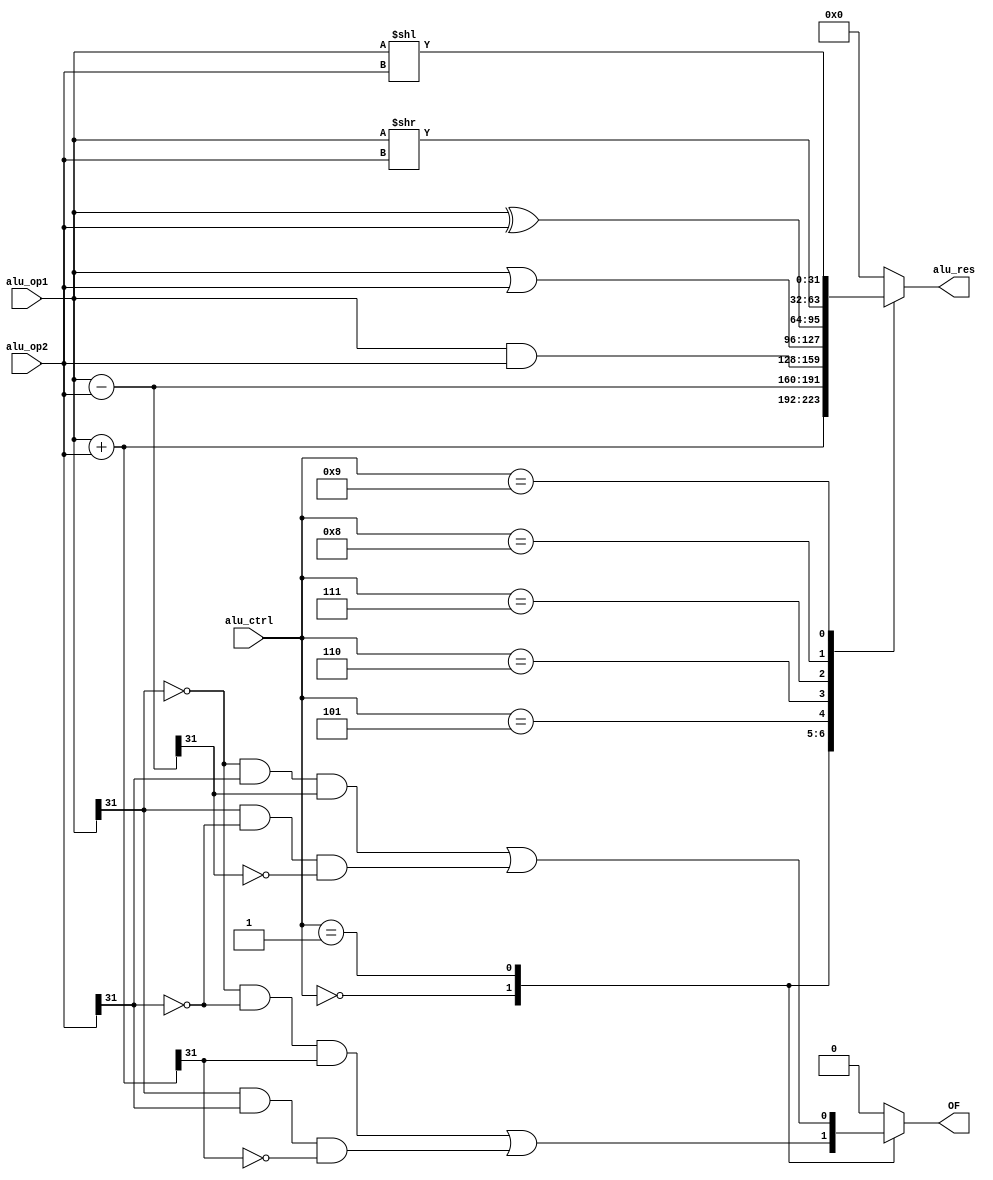
module ALU
    #(parameter WIDTH = 32)
    (
        input [WIDTH-1:0] alu_op1, alu_op2,
        input [3:0] alu_ctrl,
        output reg [WIDTH-1:0] alu_res,
        output reg OF
    );
    always @(*) 
    begin
        case(alu_ctrl)
            4'b0000: begin
                alu_res = alu_op1 + alu_op2;
                OF = (~alu_op1[WIDTH-1]&~alu_op2[WIDTH-1]&alu_res[WIDTH-1] | alu_op1[WIDTH-1]&alu_op2[WIDTH-1]&~alu_res[WIDTH-1]);
            end
            4'b0001: begin
                alu_res = alu_op1 - alu_op2;
                OF = (~alu_op1[WIDTH-1]&alu_op2[WIDTH-1]&alu_res[WIDTH-1] | alu_op1[WIDTH-1]&~alu_op2[WIDTH-1]&~alu_res[WIDTH-1]);
            end
            4'b0101: begin
                alu_res = alu_op1 & alu_op2;
                OF = 0;
            end
            4'b0110: begin
                alu_res = alu_op1 | alu_op2;
                OF = 0;
            end
            4'b0111: begin
                alu_res = alu_op1 ^ alu_op2;
                OF = 0;
            end
            4'b1000: begin
                alu_res = alu_op1 >> alu_op2;
                OF = 0;
            end
            4'b1001: begin
                alu_res = alu_op1 << alu_op2;
                OF = 0;
            end
            default: begin
                alu_res = 0;
                OF = 0;
            end
        endcase
    end
endmodule